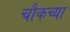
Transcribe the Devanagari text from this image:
चौकच्या